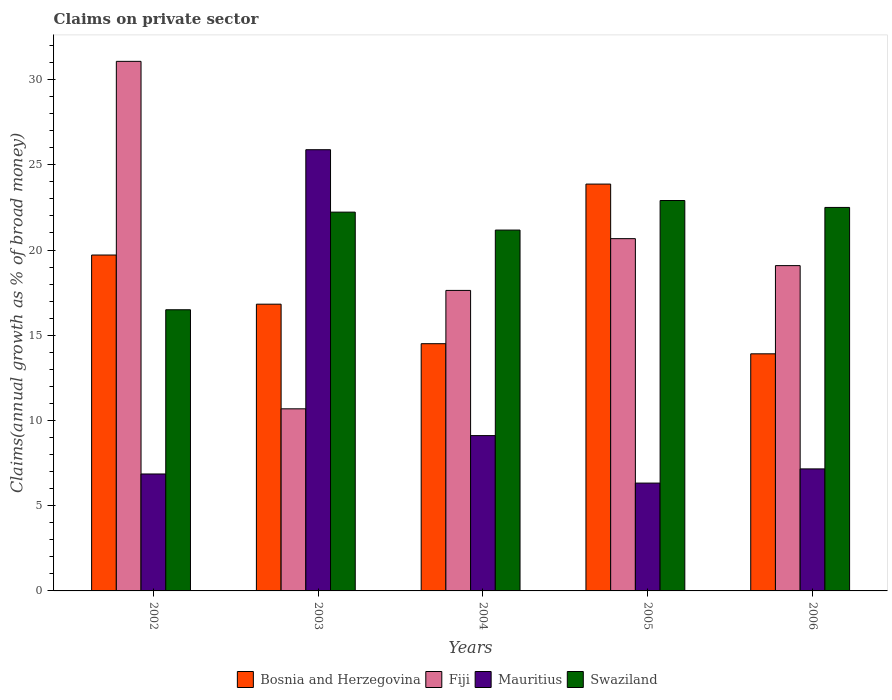
| Years | Bosnia and Herzegovina | Fiji | Mauritius | Swaziland |
 | --- | --- | --- | --- | --- |
 | 2002 | 19.7 | 31.1 | 6.86 | 16.5 |
 | 2003 | 16.8 | 10.7 | 25.9 | 22.2 |
 | 2004 | 14.5 | 17.6 | 9.11 | 21.2 |
 | 2005 | 23.9 | 20.7 | 6.33 | 22.9 |
 | 2006 | 13.9 | 19.1 | 7.16 | 22.5 |